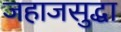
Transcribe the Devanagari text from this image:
जहाजसुद्धा